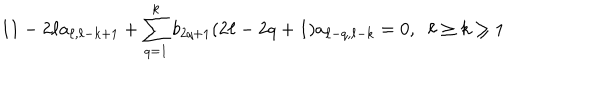
1 1 - 2 \ell a _ { \ell , \ell - k + 1 } + \sum _ { q = 1 } ^ { k } b _ { 2 q + 1 } ( 2 \ell - 2 q + 1 ) a _ { \ell - q , \ell - k } = 0 , \; \; \ell \geq k \geq 1